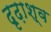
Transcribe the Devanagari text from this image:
दृढ़ाश्व